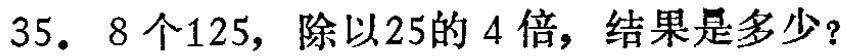
35. 8个125，除以25的4倍，结果是多少？